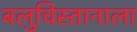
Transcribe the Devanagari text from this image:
बलुचिस्तानाला